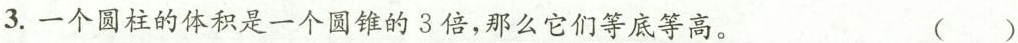
3.一个圆柱的体积是一个圆锥的3倍，那么它们等底等高。（）